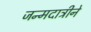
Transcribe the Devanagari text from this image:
जन्मदात्रीने